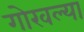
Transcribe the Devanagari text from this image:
गोरवल्या